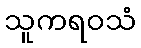
သူကရဝသံ